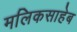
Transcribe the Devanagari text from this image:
मलिकसाहेब